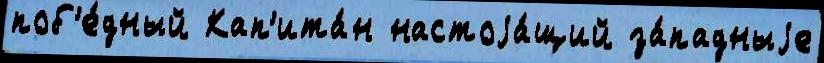
поб'е́дный Кап'ита́н настоjа́щий за́падныjе